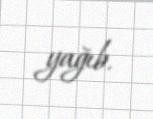
yağıb.